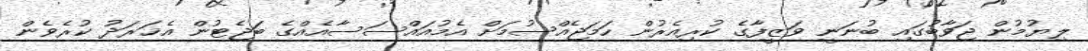
ލިޔުމުން ޖަވާބުގައި ބުނަނީ ވަޒީފާގެ ކުރިއެރުން ހަމަޖެއްސުމަށް އެމުއައްސަސާއެއްގެ ބަޖެޓުން އެޚަރަދު ކުރެވެން